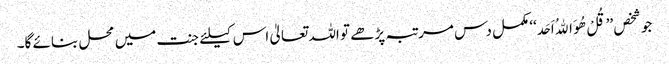
جو شخص ’’قُلْ ھُوَ اﷲُ اَحَد‘‘ مکمل دس مرتبہ پڑھے تو اللہ تعالیٰ اس کیلئے جنت میں محل بنائے گا۔